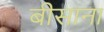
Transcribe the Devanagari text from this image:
बीसाना